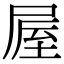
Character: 𡲃